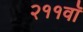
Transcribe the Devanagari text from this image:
२११वॉ